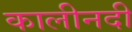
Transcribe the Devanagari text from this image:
कालीनदी